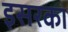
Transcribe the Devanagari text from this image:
इसरका